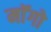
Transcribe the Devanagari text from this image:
माॅगो